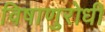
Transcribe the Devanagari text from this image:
विषाणुरोधी